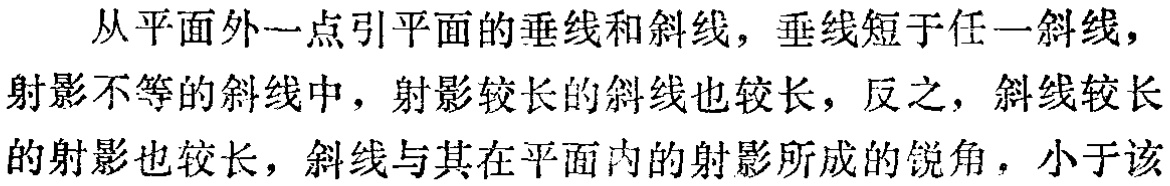
从平面外一点引平面的垂线和斜线，垂线短于任一斜线，射影不等的斜线中，射影较长的斜线也较长，反之，斜线较长的射影也较长，斜线与其在平面内的射影所成的锐角，小于该